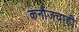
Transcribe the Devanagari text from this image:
कनौजचाही